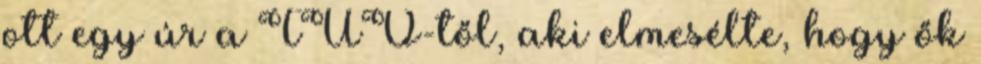
ott egy úr a TÜV-től, aki elmesélte, hogy ők